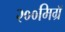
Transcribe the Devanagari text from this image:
२००मिग्रॅ